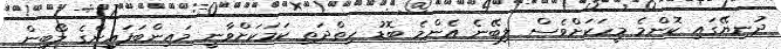
ދުނިޔޭގައި ކޮންމެ މީހަކަށްވެސް ލިބޭނެ އެންމެ ބޮޑު ހިތްދަތި ކަމަކަށްވާނީ މައިންބަފައިންގެ ލޯބިން